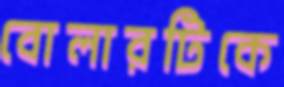
বোলারটিকে